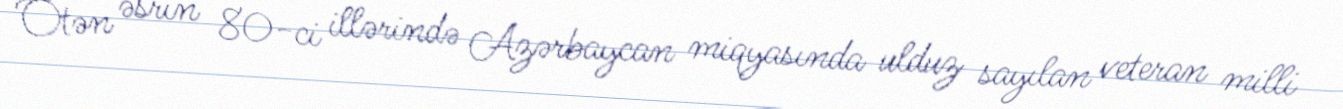
Ötən əsrin 80-ci illərində Azərbaycan miqyasında ulduz sayılan veteran milli